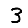
Digit: 3